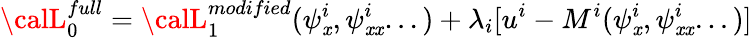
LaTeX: {\calL}_{0}^{full}={\calL}_{1}^{modified}(\psi_{\mathit{x}}^{i},\psi_{\mathit{x}\mathit{x}}^{i}...)+\lambda_{i}[u^{i}-M^{i}(\psi_{\mathit{x}}^{i},\psi_{\mathit{x}\mathit{x}}^{i}...)]